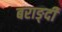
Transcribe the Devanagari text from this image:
बराङ्दी